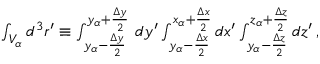
\begin{array} { r } { \int _ { V _ { \alpha } } d ^ { 3 } \boldsymbol { r } ^ { \prime } \equiv \int _ { y _ { \alpha } - \frac { \Delta y } { 2 } } ^ { { y _ { \alpha } + \frac { \Delta y } { 2 } } } \, d y ^ { \prime } \int _ { y _ { \alpha } - \frac { \Delta x } { 2 } } ^ { { x _ { \alpha } + \frac { \Delta x } { 2 } } } d x ^ { \prime } \int _ { y _ { \alpha } - \frac { \Delta z } { 2 } } ^ { { z _ { \alpha } + \frac { \Delta z } { 2 } } } d z ^ { \prime } \, , } \end{array}